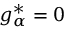
g _ { \alpha } ^ { * } = 0